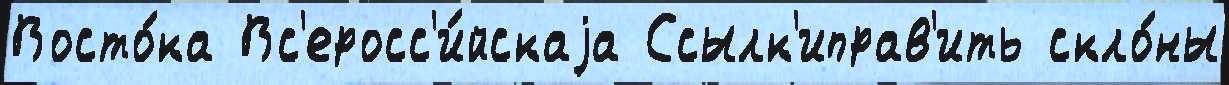
Восто́ка Вс'еросс'и́йскаjа Ссылк'иправ'ить скло́ны